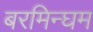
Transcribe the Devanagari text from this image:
बरमिन्घम